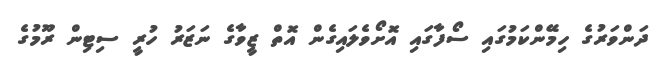
ދަންވަރުގެ ހިމޭންކަމުގައި ސޯފާގައި އޮށޯވެލައިގެން އޮތް ޒީވާގެ ނަޒަރު ހުރީ ސިޓިން ރޫމުގެ